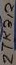
Text: ZTK712